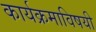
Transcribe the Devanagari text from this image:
कार्यक्रमाविषयी